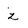
Character: z